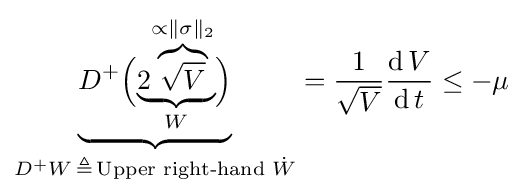
{\mathord {\underbrace {D^{+}{\Bigl (}{\mathord {\underbrace {2{\mathord {\overbrace {\sqrt {V}} ^{{}\propto \|\sigma \|_{2}}}}} _{W}}}{\Bigr )}} _{D^{+}W\,\triangleq \,{\mathord {{\text{Upper right-hand }}{\dot {W}}}}}}}={\frac {1}{\sqrt {V}}}{\frac {\operatorname {d} V}{\operatorname {d} t}}\leq -\mu